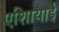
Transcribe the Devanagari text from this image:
एशिायाई